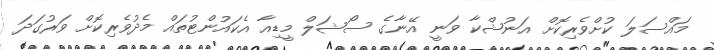
މައްސަލަ ކުށްވެރިކޮށް އަނުޝްކާ ވަނީ އޭނާގެ ސޯޝަލް މީޑިއާ އެކައުންޓުތައް މެދުވެރިކޮށް ވަރުގަދަ